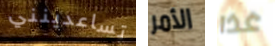
تساعدينني الأمر غذا